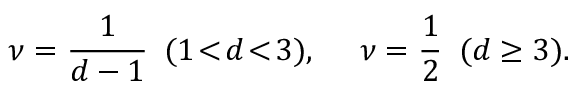
\nu = \frac { 1 } { d - 1 } \ \, ( 1 \! < \! d \! < \! 3 ) , \ \ \ \ \nu = \frac { 1 } { 2 } \ \, ( d \geq 3 ) .